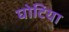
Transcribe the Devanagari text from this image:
घोटिया